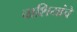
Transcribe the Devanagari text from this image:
वाशियांचे